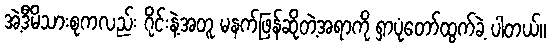
အဲ့ဒီမိသားစုကလည်း ဂိုင်းနဲ့အတူ မနက်ဖြန်ဆိုတဲ့အရာကို ရှာပုံတော်ထွက်ခဲ့ ပါတယ်။